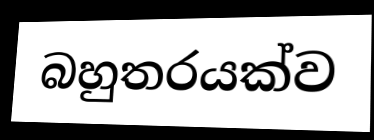
බහුතරයක්ව